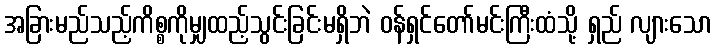
အခြားမည်သည့်ကိစ္စကိုမျှထည့်သွင်းခြင်းမရှိဘဲ ဝန်ရှင်တော်မင်းကြီးထံသို့ ရှည် လျားသော